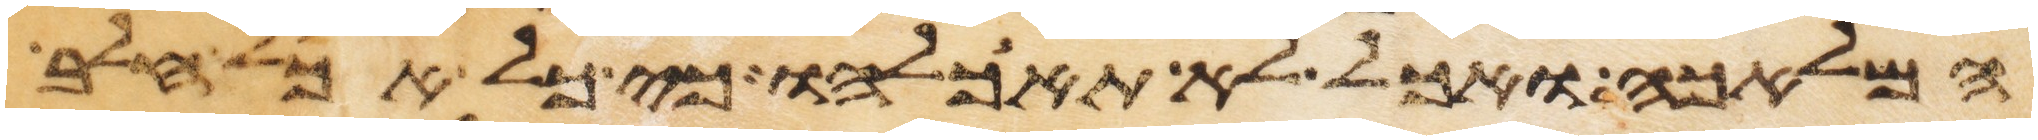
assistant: המלאכה ואכל לא תאכלהו כי כל אכל חלב